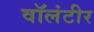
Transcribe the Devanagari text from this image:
वॉलंटीर